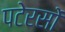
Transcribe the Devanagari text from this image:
पटेरसों